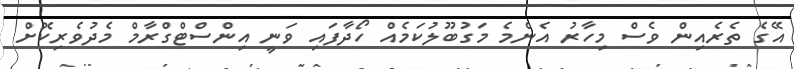
އޭގެ ތެރެއިން ވެސް މިހާރު އެންމެ މަގުބޫލުކަމެއް ހޯދާފައި ވަނީ އިންސްޓްގްރާމް މެދުވެރިކޮށް